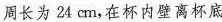
周长为24cm，在杯内壁离杯底